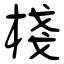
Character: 棧